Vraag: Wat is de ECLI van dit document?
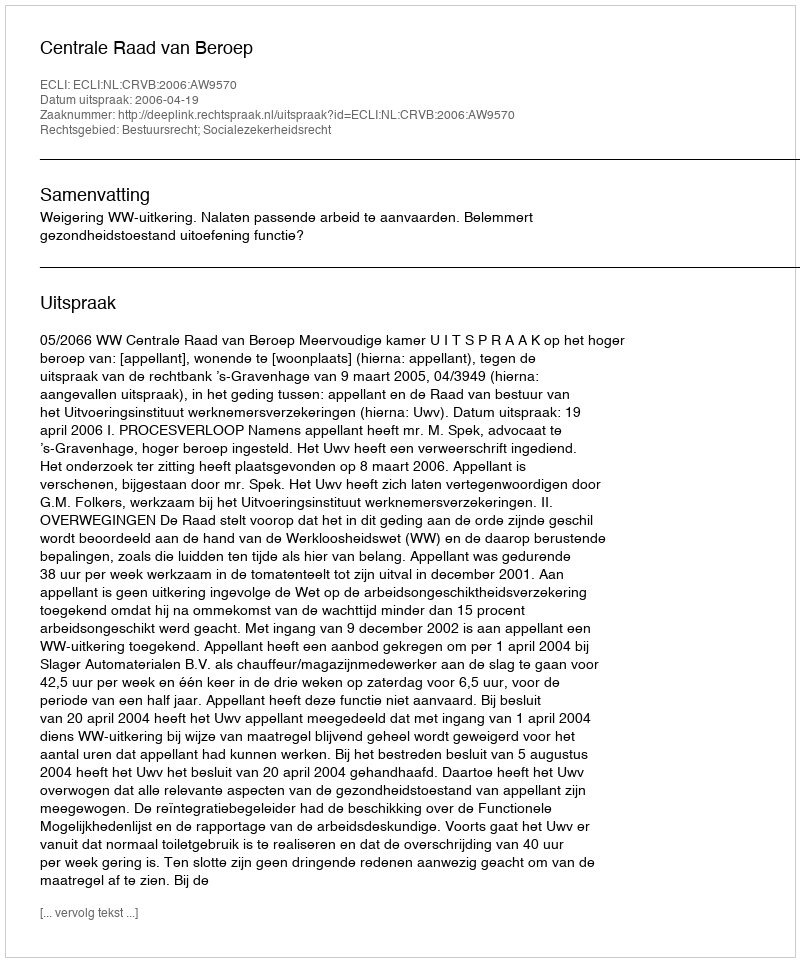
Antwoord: ECLI:NL:CRVB:2006:AW9570